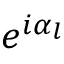
e ^ { i \alpha _ { l } }